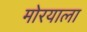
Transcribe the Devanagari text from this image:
मोरयाला